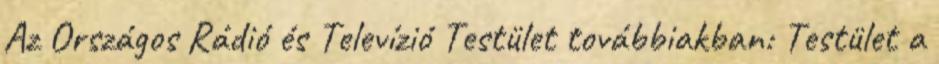
Az Országos Rádió és Televízió Testület továbbiakban: Testület a